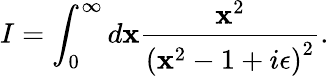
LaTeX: I=\int_{0}^{\infty}d\mathbf{x}{\frac{{\mathbf{x}^{2}}}{{\left(\mathbf{x}^{2}-1+i\epsilon\right)^{2}}}}.